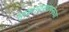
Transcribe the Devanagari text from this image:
साम्राज्यस्थापनेच्या